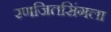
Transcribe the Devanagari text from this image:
रणजितसिंगला